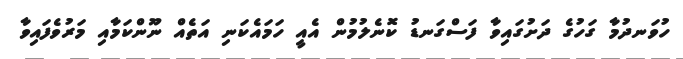
ހުވަނދުމާ ގަހުގެ ދަށުގައިވާ ފަސްގަނޑު ކޮނެލުމުން އެއީ ހަމައެކަނި އަތެއް ނޫންކަމާއި މަރުވެފައިވާ